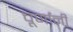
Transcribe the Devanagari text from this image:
चूर्णांनी